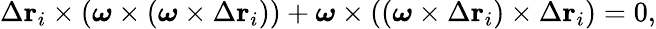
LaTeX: \Delta\mathbf{r}_{i}\times\left({\boldsymbol{\omega}}\times\left({\boldsymbol{\omega}}\times\Delta\mathbf{r}_{i}\right)\right)+{\boldsymbol{\omega}}\times\left(\left({\boldsymbol{\omega}}\times\Delta\mathbf{r}_{i}\right)\times\Delta\mathbf{r}_{i}\right)=0,